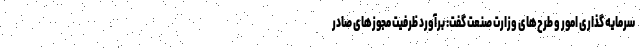
سرمایه گذاری امور و طرح‌های وزارت صنعت گفت: برآورد ظرفیت مجوزهای صادر